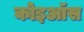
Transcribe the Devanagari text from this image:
कोइऑस